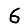
Digit: 6